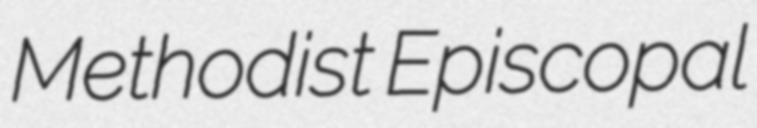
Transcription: Methodist Episcopal